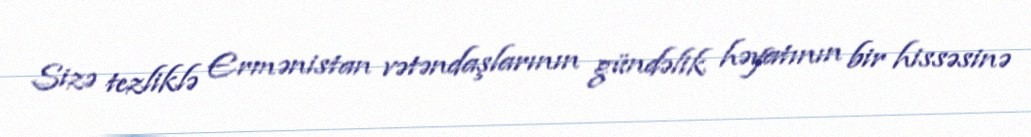
Sizə tezliklə Ermənistan vətəndaşlarının gündəlik həyatının bir hissəsinə